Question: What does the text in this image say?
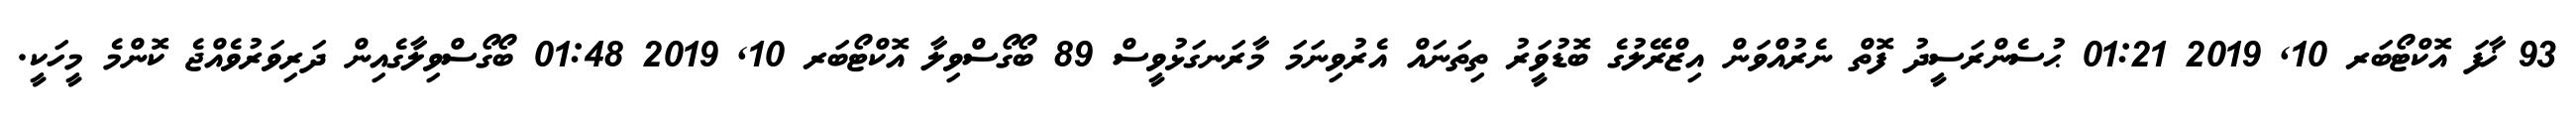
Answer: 93 ޚާފަ އޮކްޓޯބަރ 10, 2019 01:21 ޙުސެންރަސީދު ފޮތް ނެރުއްވަން އިޒްރޭލުގެ ބޮޑުވަީރު ތިތަނައް އެރުވިނަމަ މާރަނގަޅުވީސް 89 ބޯގޯސްވިލާ އޮކްޓޯބަރ 10, 2019 01:48 ބޯގޯސްވިލާގެއިން ދަރިވަރުވެއްޖެ ކޮންމެ މީހަކީ.